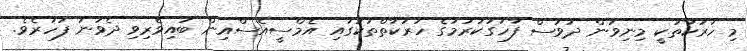
މި ހަރަކާތަކީ މިނިވަން ދުވަސް ފާހަގަކުރުމުގެ ހަރަކާތްތަކުގައި އެމްސީއެސްއިން ބައިވެރިވި ދެވަނަ ފަހަރެވެ.